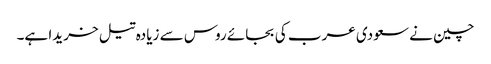
چین نے سعودی عرب کی بجائے روس سے زیادہ تیل خریدا ہے۔